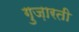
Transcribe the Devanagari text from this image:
गुज़ारती